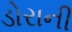
ડોરાની